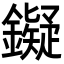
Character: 𬬔